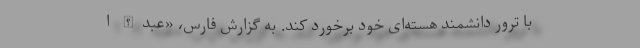
با ترور دانشمند هسته‌ای خود برخورد کند. به گزارش فارس، «عبدالله ا